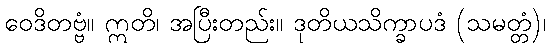
ဝေဒိတဗ္ဗံ။ ဣတိ၊ အပြီးတည်း။ ဒုတိယသိက္ခာပဒံ (သမတ္တံ)၊